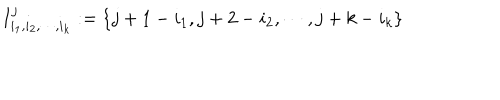
I _ { i _ { 1 } , i _ { 2 } , \cdots , i _ { k } } ^ { j } : = \{ j + 1 - i _ { 1 } , j + 2 - i _ { 2 } , \cdots , j + k - i _ { k } \}